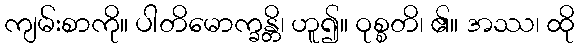
ကျမ်းစာကို။ ပါတိမောက္ခန္တိ၊ ဟူ၍။ ဝုစ္စတိ၊ ၏။ အဿ၊ ထို